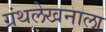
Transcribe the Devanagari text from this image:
ग्रंथलेखनाला